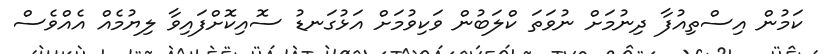
ކަމުން އިސްތިއުފާ ދިނުމަށް ނުވަތަ ކްލަބުން ވަކިވުމަށް އަޅުގަނޑު ސޮއިކޮށްފައިވާ ލިޔުމެއް އެއްވެސް